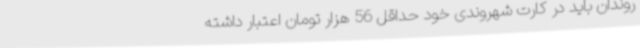
روندان باید در کارت شهروندی خود حداقل 56 هزار تومان اعتبار داشته